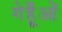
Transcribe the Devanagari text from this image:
गेहूँओं